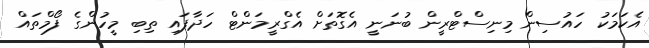
އެކަމަކު ހައުސިން މިނިސްޓްރީން ބުނަނީ އެގޮތަށް އެގްރީމަންޓް ހަދާފައި ތިބި މީހުންގެ ފޯމްތައް